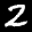
Digit: 2